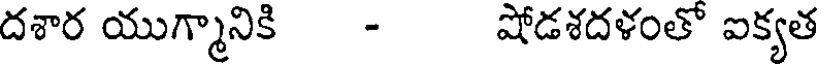
దశార యుగ్మానికి - షోడశదళంతో ఐక్యత